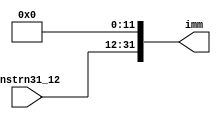
//utype immediate handling
//utypeimm.v
module utypeimm(
instrn31_12,
imm
);
input wire [19:0] instrn31_12;
output wire [31:0] imm;
buf(imm[0],1'b0);
buf(imm[1],1'b0);
buf(imm[2],1'b0);
buf(imm[3],1'b0);
buf(imm[4],1'b0);
buf(imm[5],1'b0);
buf(imm[6],1'b0);
buf(imm[7],1'b0);
buf(imm[8],1'b0);
buf(imm[9],1'b0);
buf(imm[10],1'b0);
buf(imm[11],1'b0);
buf(imm[12],instrn31_12[0]);
buf(imm[13],instrn31_12[1]);
buf(imm[14],instrn31_12[2]);
buf(imm[15],instrn31_12[3]);
buf(imm[16],instrn31_12[4]);
buf(imm[17],instrn31_12[5]);
buf(imm[18],instrn31_12[6]);
buf(imm[19],instrn31_12[7]);
buf(imm[20],instrn31_12[8]);
buf(imm[21],instrn31_12[9]);
buf(imm[22],instrn31_12[10]);
buf(imm[23],instrn31_12[11]);
buf(imm[24],instrn31_12[12]);
buf(imm[25],instrn31_12[13]);
buf(imm[26],instrn31_12[14]);
buf(imm[27],instrn31_12[15]);
buf(imm[28],instrn31_12[16]);
buf(imm[29],instrn31_12[17]);
buf(imm[30],instrn31_12[18]);
buf(imm[31],instrn31_12[19]);
endmodule